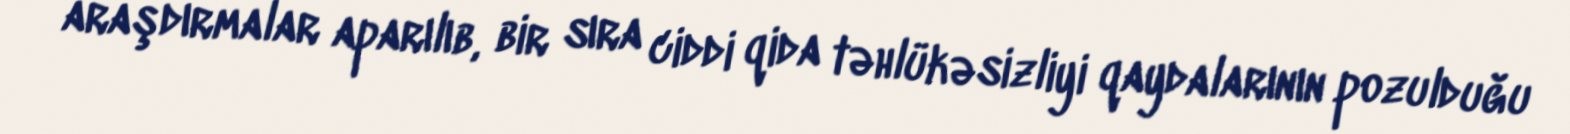
araşdırmalar aparılıb, bir sıra ciddi qida təhlükəsizliyi qaydalarının pozulduğu